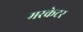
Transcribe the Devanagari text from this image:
मरकेटर